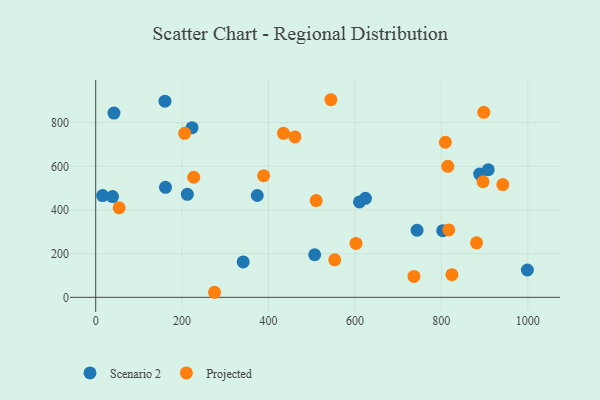
{"axis": {"x": "Investment", "y": "Profit"}, "legend": ["Projected", "Scenario 2"], "data": [{"x": "39.0", "y": 461.5, "type": "Scenario 2"}, {"x": "624.3", "y": 453.3, "type": "Scenario 2"}, {"x": "908.5", "y": 584.3, "type": "Scenario 2"}, {"x": "610.6", "y": 436.9, "type": "Scenario 2"}, {"x": "222.9", "y": 776.9, "type": "Scenario 2"}, {"x": "999.1", "y": 125.2, "type": "Scenario 2"}, {"x": "341.3", "y": 162.0, "type": "Scenario 2"}, {"x": "160.3", "y": 898.6, "type": "Scenario 2"}, {"x": "506.8", "y": 195.1, "type": "Scenario 2"}, {"x": "161.5", "y": 503.8, "type": "Scenario 2"}, {"x": "888.7", "y": 564.6, "type": "Scenario 2"}, {"x": "803.2", "y": 305.1, "type": "Scenario 2"}, {"x": "743.8", "y": 307.2, "type": "Scenario 2"}, {"x": "373.9", "y": 466.3, "type": "Scenario 2"}, {"x": "42.2", "y": 843.9, "type": "Scenario 2"}, {"x": "16.0", "y": 466.1, "type": "Scenario 2"}, {"x": "212.1", "y": 472.0, "type": "Scenario 2"}, {"x": "388.7", "y": 557.2, "type": "Projected"}, {"x": "881.5", "y": 249.8, "type": "Projected"}, {"x": "553.2", "y": 171.7, "type": "Projected"}, {"x": "205.9", "y": 751.0, "type": "Projected"}, {"x": "510.3", "y": 443.2, "type": "Projected"}, {"x": "942.3", "y": 516.3, "type": "Projected"}, {"x": "898.2", "y": 847.2, "type": "Projected"}, {"x": "814.9", "y": 600.1, "type": "Projected"}, {"x": "824.5", "y": 103.8, "type": "Projected"}, {"x": "896.5", "y": 529.4, "type": "Projected"}, {"x": "275.0", "y": 23.1, "type": "Projected"}, {"x": "602.4", "y": 247.0, "type": "Projected"}, {"x": "461.2", "y": 734.6, "type": "Projected"}, {"x": "226.9", "y": 550.1, "type": "Projected"}, {"x": "809.3", "y": 710.3, "type": "Projected"}, {"x": "544.3", "y": 905.1, "type": "Projected"}, {"x": "54.2", "y": 410.0, "type": "Projected"}, {"x": "434.6", "y": 751.1, "type": "Projected"}, {"x": "817.1", "y": 308.5, "type": "Projected"}, {"x": "736.5", "y": 95.7, "type": "Projected"}]}